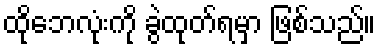
ထိုဘေလုံးကို ခွဲထုတ်ရမှာ ဖြစ်သည်။